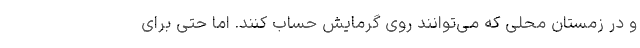
و در زمستان محلی که می‌توانند روی گرمایش حساب کنند. اما حتی برای